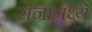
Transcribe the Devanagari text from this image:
सेनांमध्ये